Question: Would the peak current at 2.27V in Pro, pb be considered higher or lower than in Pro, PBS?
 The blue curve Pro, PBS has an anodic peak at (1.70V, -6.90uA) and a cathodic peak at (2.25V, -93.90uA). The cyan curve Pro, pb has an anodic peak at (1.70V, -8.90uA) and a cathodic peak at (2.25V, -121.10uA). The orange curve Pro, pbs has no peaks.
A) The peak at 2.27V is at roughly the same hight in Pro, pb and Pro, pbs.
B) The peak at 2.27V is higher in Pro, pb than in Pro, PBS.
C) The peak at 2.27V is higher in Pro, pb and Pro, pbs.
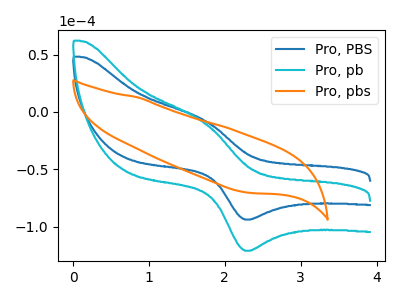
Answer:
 <answer>B) The peak at 2.27V is higher in "Pro, pb" than in "Pro, PBS".</answer>
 <eval>B</eval>